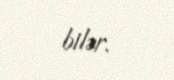
bilər.